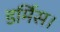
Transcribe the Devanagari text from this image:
डर्मिस।